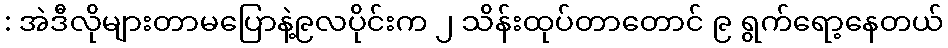
: အဲဒီလိုများတာမပြောနဲ့၉လပိုင်းက ၂ သိန်းထုပ်တာတောင် ၉ ရွက်ရော့နေတယ်